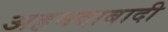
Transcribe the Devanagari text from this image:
अहमदाबादी